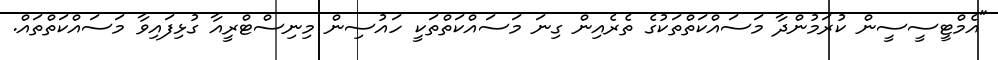
"އެމްޓީސީސީން ކުރަމުންދާ މަސައްކަތްތަކުގެ ތެރެއިން ގިނަ މަސައްކަތްތަކީ ހައުސިން މިނިސްޓްރީއާ ގުޅިފައިވާ މަސައްކަތްތައް.